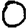
Digit: 0